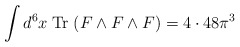
\begin{align*}\int d^6x \; {\rm Tr}\; (F \wedge F \wedge F) = 4 \cdot 48 \pi^3\end{align*}